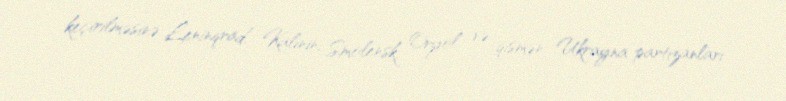
keçirilməsinə Leninqrad, Kalinin, Smolensk, Oryol və qismən Ukrayna partizanları